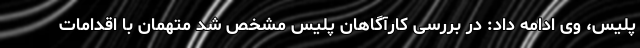
پلیس، وی ادامه داد: در بررسی کارآگاهان پلیس مشخص شد متهمان با اقدامات